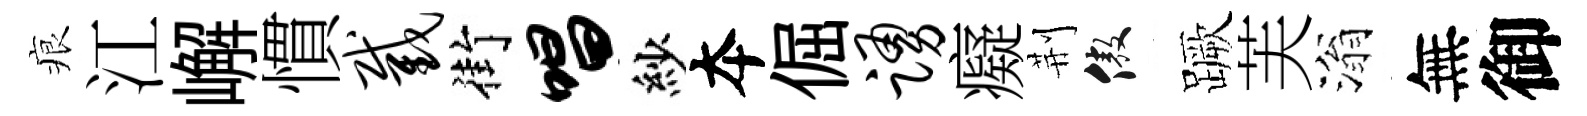
痕江嶰慣截街唱紗夲倔踊癡荆傲蹶芙滃無御